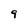
Character: 9